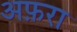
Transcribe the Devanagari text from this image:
अफ़रा